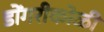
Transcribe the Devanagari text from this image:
डोंगरीकोळी